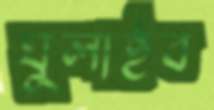
ঘুলাইব